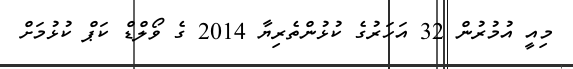
މިއީ އުމުރުން 32 އަހަރުގެ ކުޅުންތެރިޔާ 2014 ގެ ވޯލްޑް ކަޕް ކުޅުމަށް